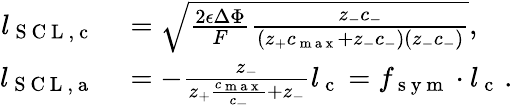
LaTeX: \begin{array}{rl}{l_{\mathrm{~S~C~L~,~c~}}}&{{}=\sqrt{\frac{2\epsilon\Delta\Phi}{F}\frac{z_{-}c_{-}}{(z_{+}c_{\mathrm{~m~a~x~}}+z_{-}c_{-})(z_{-}c_{-})}},}\\ {l_{\mathrm{~S~C~L~,~a~}}}&{{}=-\frac{z_{-}}{z_{+}\frac{c_{\mathrm{~m~a~x~}}}{c_{-}}+z_{-}}l_{\mathrm{~c~}}=f_{\mathrm{~s~y~m~}}\cdot l_{\mathrm{~c~}}\, .}\end{array}